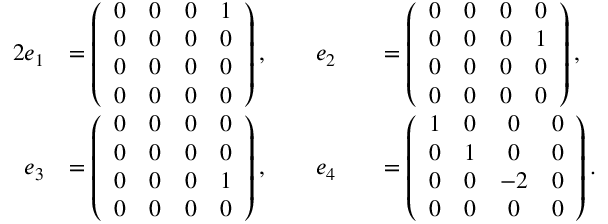
\begin{array} { r l r l } { { 2 } e _ { 1 } } & { = \left( \begin{array} { c c c c } { 0 } & { 0 } & { 0 } & { 1 } \\ { 0 } & { 0 } & { 0 } & { 0 } \\ { 0 } & { 0 } & { 0 } & { 0 } \\ { 0 } & { 0 } & { 0 } & { 0 } \end{array} \right) , \qquad e _ { 2 } } & & { = \left( \begin{array} { c c c c } { 0 } & { 0 } & { 0 } & { 0 } \\ { 0 } & { 0 } & { 0 } & { 1 } \\ { 0 } & { 0 } & { 0 } & { 0 } \\ { 0 } & { 0 } & { 0 } & { 0 } \end{array} \right) , } \\ { e _ { 3 } } & { = \left( \begin{array} { c c c c } { 0 } & { 0 } & { 0 } & { 0 } \\ { 0 } & { 0 } & { 0 } & { 0 } \\ { 0 } & { 0 } & { 0 } & { 1 } \\ { 0 } & { 0 } & { 0 } & { 0 } \end{array} \right) , \qquad e _ { 4 } } & & { = \left( \begin{array} { c c c c } { 1 } & { 0 } & { 0 } & { 0 } \\ { 0 } & { 1 } & { 0 } & { 0 } \\ { 0 } & { 0 } & { - 2 } & { 0 } \\ { 0 } & { 0 } & { 0 } & { 0 } \end{array} \right) . } \end{array}